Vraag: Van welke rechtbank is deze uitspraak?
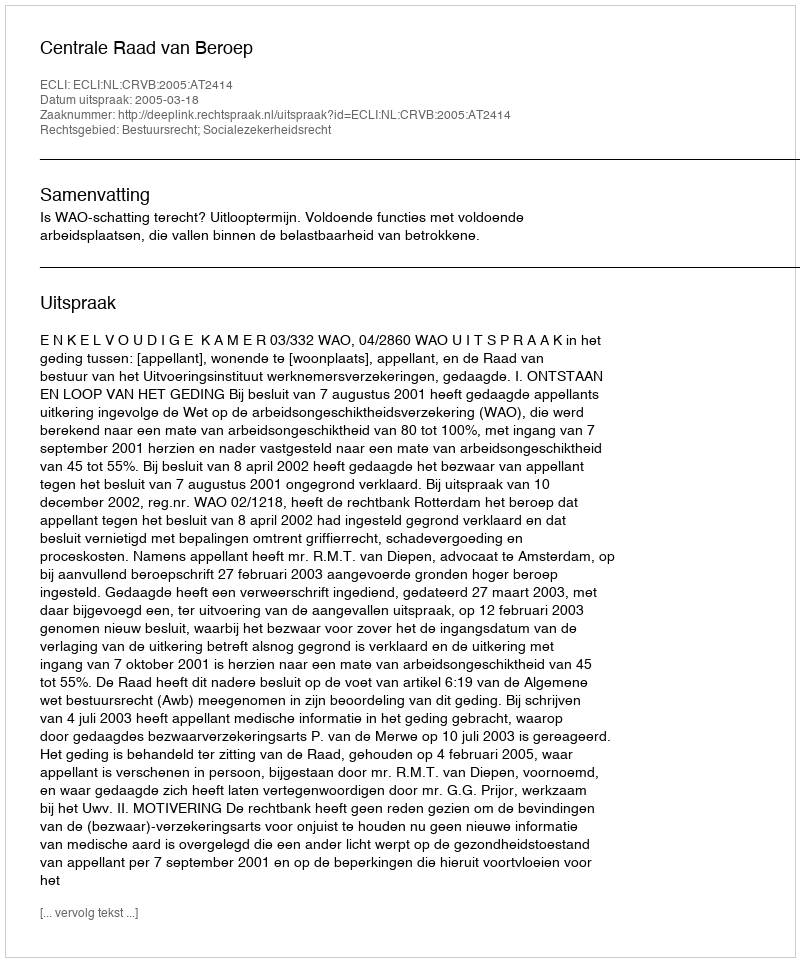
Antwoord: Centrale Raad van Beroep